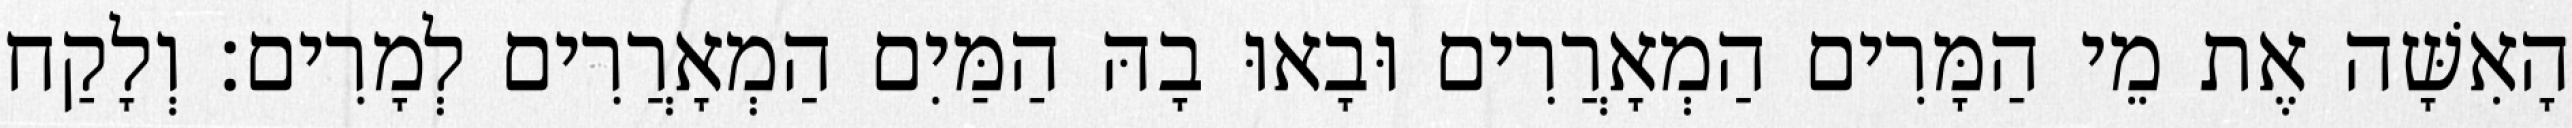
הָאִשָּׁה אֶת מֵי הַמָּרִים הַמְאָרֲרִים וּבָאוּ בָהּ הַמַּיִם הַמְאָרֲרִים לְמָרִים׃ וְלָקַח